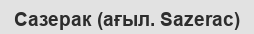
Сазерак (ағыл. Sazerac)